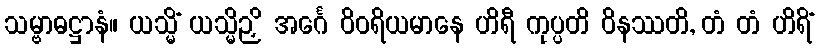
သမ္ဗာဓဋ္ဌာနံ။ ယသ္မိံ ယသ္မိဉှိ အင်္ဂေ ဝိဝရိယမာနေ ဟိရီ ကုပ္ပတိ ဝိနဿတိ, တံ တံ ဟိရိံ